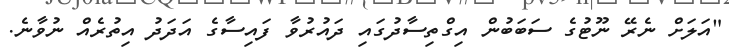
"އަލަށް ނެރޭ ނޫޓުގެ ސަބަބުން އިގްތިސާދުގައި ދައުރުވާ ފައިސާގެ އަދަދު އިތުރެއް ނުވާނެ.